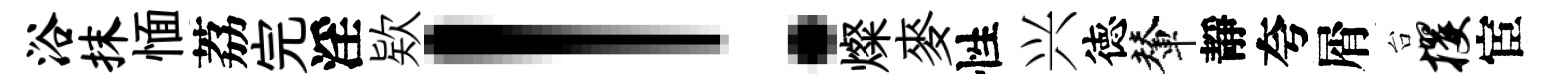
浴抹愐荔完淫欵！燦麥性兴徳輦靜夸屑台攫宦